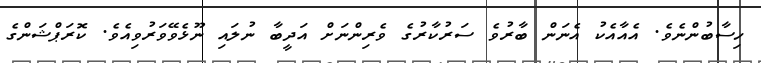
ހިސާބުންނެވެ. އެއާއެކު އެނަން ބާރުވެ ސަރުކާރުގެ ވެރިންނަށް އަދީބާ ނުލައި ނޫޅެވޭވަރުވިއެވެ. ކޮރަޕްޝަންގެ